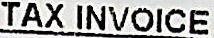
TAX INVOICE